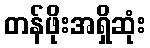
တန်ဖိုးအရှိဆုံး